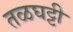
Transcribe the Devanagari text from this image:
तळघट्टी